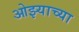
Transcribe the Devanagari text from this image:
ओझ्याच्या